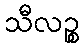
သီလဉ္စ